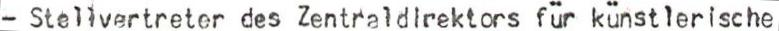
- Stellvertreter des Zentraldirektors für künstlerische